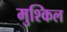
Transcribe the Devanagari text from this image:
मुश्‍किल